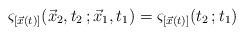
LaTeX: \begin{align*}\varsigma_{[\Vec{x}(t)]}(\Vec{x}_2,t_2\,;\Vec{x}_1,t_1)=\varsigma_{[\Vec{x}(t)]}(t_2\,;t_1)\end{align*}